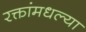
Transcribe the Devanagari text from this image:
रक्तांमधल्या